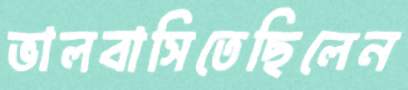
ভালবাসিতেছিলেন